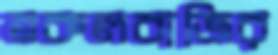
নকলবাজির